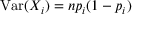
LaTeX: \operatorname { V a r } ( X _ { i } ) = n p _ { i } ( 1 - p _ { i } )